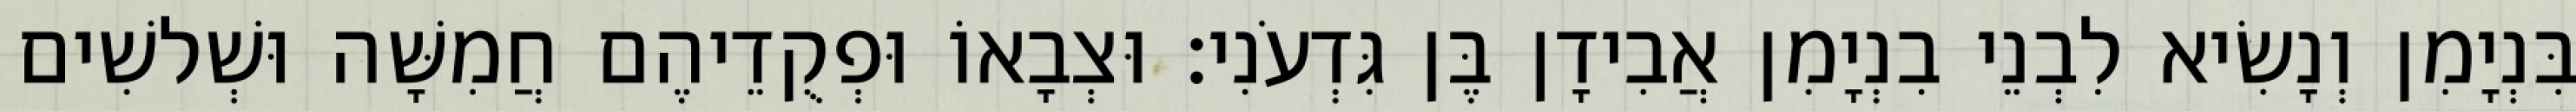
בִּנְיָמִן וְנָשִׂיא לִבְנֵי בִנְיָמִן אֲבִידָן בֶּן גִּדְעֹנִי׃ וּצְבָאוֹ וּפְקֻדֵיהֶם חֲמִשָּׁה וּשְׁלשִׁים